Medical and sanitary report of the native army of Bengal for the year
Year: 1877
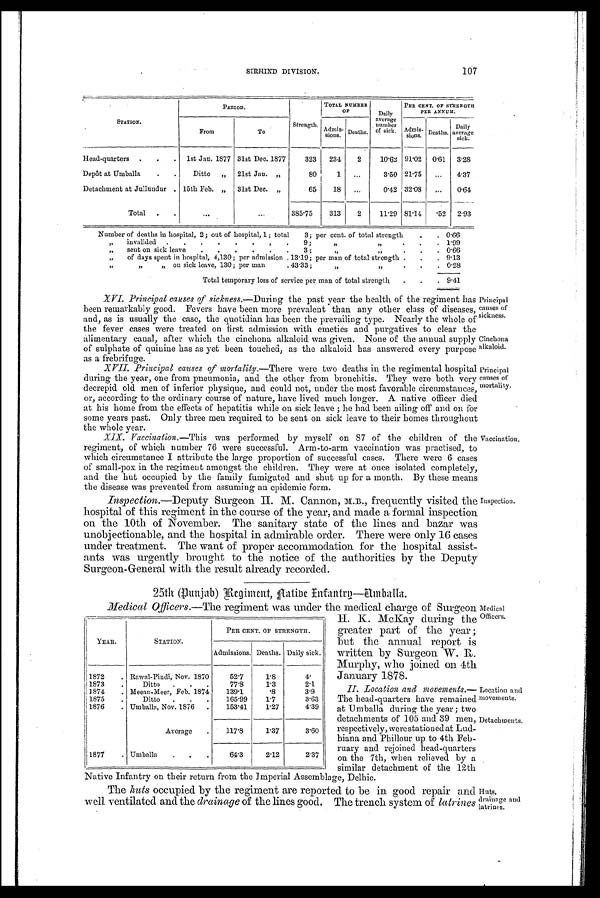
Principal
causes of
sickness.
Cinchona
alkaloid.
Principal
causes of
mortality.
Vaccination.
Inspection.
Medical
Officers.
Location and
movements.
Detachments.
Huts,
drainage and
llatrines.
SIRHIND DIVISION.
107
PERIOD.
Strength.
TOTAL NUMBER
O F
Daily
average
number
of sick.
PER CENT. OP STRENGTH
PER ANNUM .
STATION.
From
To
Admis-
sions.
Deaths.
Admis- sions. Deaths.
Daily
average
sick.
Head-quarters
.
.
.
1st Jan. 1877 31st Dec. 1877
323
234
2
10.62 91.02
0.61
3.28
Depôt at Umballa
.
.
Ditto
„
21st Jan. „
80
1
3.50 21.75
...
4.37
Detachment at Jullundur . 15th Feb. „
31st Dec. „
65
18
...
0.42 32.08
...
0.64
Total
.
.
. . .
...
385.75
313
2
11.29 81.14
.52
2.93
Number of deaths in hospital, 2; out of hospital, 1; total
3; per cent. of total strength
.
. 0.66
„
invalided
.
.
.
.
.
.
,
.
9;
"
"
.
.
.
1.99
„
sent on sick leave
.
.
.
.
.
.
3 ;
„
"
.
.
.
0.66
„
of days spent in hospital, 4,130; per admission . 13.19; per man of total strength .
.
. 9.13
"
„
„ on sick leave, 130; per man
. 43.33;
„
„
.
.
. 0.28
Total temporary loss of service per man of total strength
.
.
. 9.41
XVI. Principal causes of sickness.— During the past year the health of the regiment has
been remarkably good. Fevers have been more prevalent than any other class of diseases,
and, as is usually the case, the quotidian has been the prevailing type. Nearly the whole of
the fever cases were treated on first admission with emetics and purgatives to clear the
alimentary canal, after which the cinchona alkaloid was given. None of the annual supply
of sulphate of quinine has as yet been touched, as the alkaloid has answered every purpose
as a frebrifuge.
XVII. Principal causes of mortality.—There were two deaths in the regimental hospital
during the year, one from pneumonia, and the other from bronchitis. They were both very
decrepid old men of inferior physique, and could not, under the most favorable circumstances,
or, according to the ordinary course of nature, have lived much longer. A native officer died
at his home from the effects of hepatitis while on sick leave ; he had been ailing off and on for
some years past. Only three men required to be sent on sick leave to their homes throughout
the whole year.
XIX. Vaccination.—This was performed by myself on 87 of the children of the
regiment, of which number 76 were successful. Arm-to-arm vaccination was practised, to
which circumstance I attribute the large proportion of successful cases. There were 6 cases
of small-pox in the regiment amongst the children. They were at once isolated completely;
and the hut occupied by the family fumigated and shut up for a month. By these means
the disease was prevented from assuming an epidemic form.
Inspection.—Deputy Surgeon H. M. Cannon, M.B., frequently visited the
hospital of this regiment in the course of the year, and made a formal inspection
on the 10th of November. The sanitary state of the lines and bazar was
unobjectionable, and the hospital in admirable order. There were only 16 cases
under treatment. The want of proper accommodation for the hospital assist-
ants was urgently brought to the notice of the authorities by the Deputy
Surgeon-General with the result already recorded.
25th (Punjab) Regiment, Native Infantry—Umballa.
Medical Officers.—The regiment was under the medical charge of Surgeon
H
. K. McKay during the
greater part of the year ;
but the annual report is
written by Surgeon W. R.
Murphy, who joined on 4th
January 1878.
II. Location and movements.—
The head-quarters have remained
at Umballa during the year; two
detachments of 105 and 39 men,
respectively, were stationed at Lud-
hiana and Phillour up to 4th Feb-
ruary and rejoined head-quarters
on the 7th, when relieved by a
similar detachment of the 12th
Native Infantry on their return from the Imperial Assemblage, Delhie.
The huts occupied by the regiment are reported to be in good repair and
well ventilated and the drainage of the lines good. The trench system of latrines
YEAR.
STATION.
PER CENT. OF STRENGTH.
Admissions. Deaths. Daily sick.
1872
. Rawal-Pindi, Nov. 1870
52.7
1.8
4.
1873
.
Ditto
.
.
.
77.8
1.3
2.1
1874
. Meean-Meer, Feb. 1874
139.1
. 8
3.9
1875
.
Ditto
.
.
.
165.99
1.7
3.63
1876
. Umballa, Nov. 1876 .
153.41
1.27
4.39
Average
.
117.8
1.37
3.60
1877
. Umballa
.
.
.
64.3
2.12
2.37